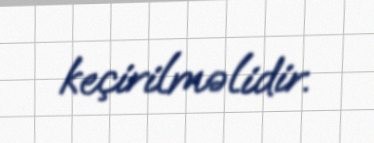
keçirilməlidir.